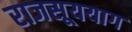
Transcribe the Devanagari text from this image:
राजसूययाग